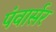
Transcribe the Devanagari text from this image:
पंवार्सर